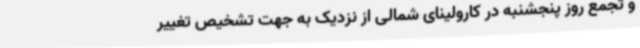
و تجمع روز پنجشنبه در کارولینای شمالی از نزدیک به جهت تشخیص تغییر